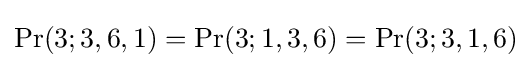
\Pr(3;3,6,1)=\Pr(3;1,3,6)=\Pr(3;3,1,6)